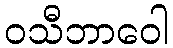
ဝသီဘာဝေါ